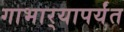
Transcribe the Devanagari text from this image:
गाभार्‍यापर्यंत